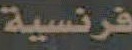
فرنسية